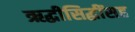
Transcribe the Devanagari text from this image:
ऋद्धीसिद्धींसह